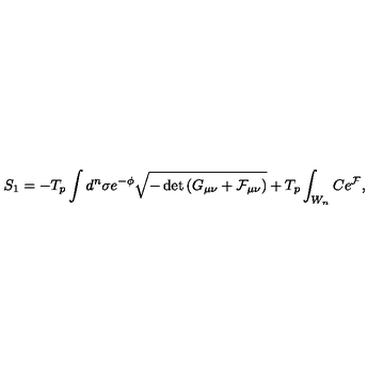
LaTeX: S _ { 1 } = - T _ { p } \int d ^ { n } \sigma e ^ { - \phi } \sqrt { - \det { \left( G _ { \mu \nu } + { \cal F } _ { \mu \nu } \right) } } + T _ { p } \int _ { W _ { n } } C e ^ { \cal F } ,